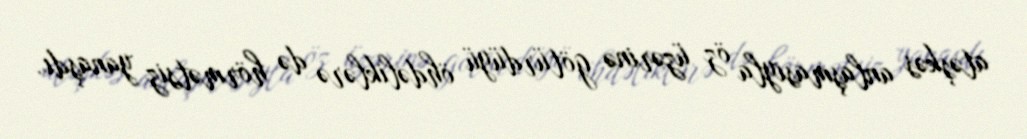
atəşkəs anlaşmasıyla öz üzərinə götürdüyü öhdəliklərə də hörmətsiz yanaşdı.